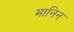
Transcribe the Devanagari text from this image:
मानिन